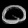
Digit: ၀